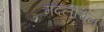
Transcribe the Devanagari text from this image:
मंदलोचन